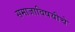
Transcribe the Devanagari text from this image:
समाजाविषयीचे